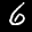
Label: 6